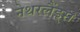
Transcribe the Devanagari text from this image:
नेथरलैंड्स